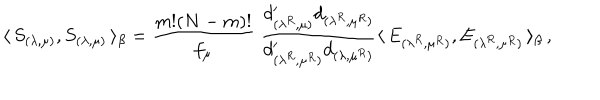
\langle \, S _ { ( \lambda , \mu ) } , S _ { ( \lambda , \mu ) } \, \rangle _ { \beta } = \frac { m ! ( N - m ) ! } { f _ { \mu } } \; \frac { d _ { ( \lambda ^ { R } , \mu ) } ^ { \prime } d _ { ( \lambda ^ { R } , \mu ^ { R } ) } } { d _ { ( \lambda ^ { R } , \mu ^ { R } ) } ^ { \prime } d _ { ( \lambda , \mu ^ { R } ) } } \langle \, E _ { ( \lambda ^ { R } , \mu ^ { R } ) } , E _ { ( \lambda ^ { R } , \mu ^ { R } ) } \, \rangle _ { \beta } \, ,